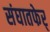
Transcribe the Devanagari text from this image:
संघातफेर्